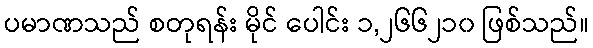
ပမာဏသည် စတုရန်း မိုင် ပေါင်း ၁,၂၆၆၂၁၀ ဖြစ်သည်။